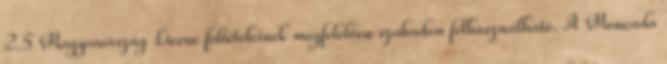
2.5 Magyarország Licenc feltételeinek megfelelően szabadon felhasználható. A Moncada